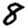
Digit: 8